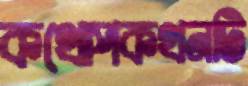
কথোপকথনটি